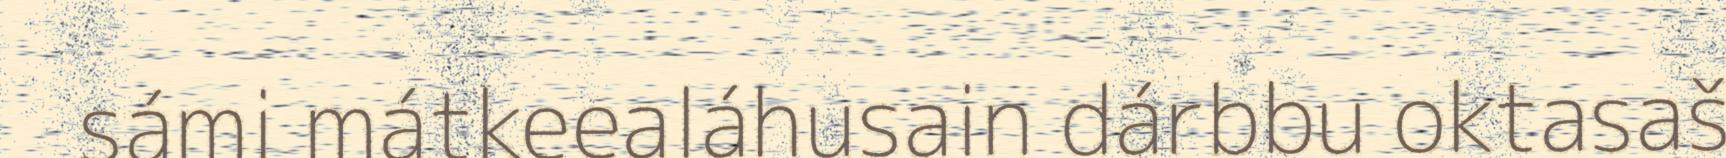
sámi mátkeealáhusain dárbbu oktasaš